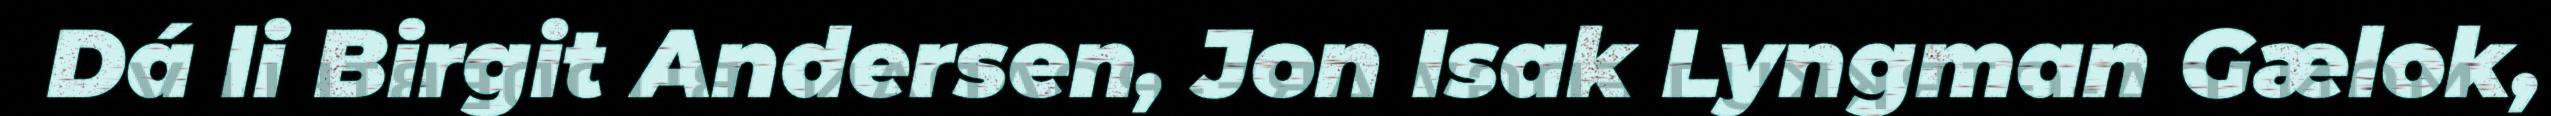
Dá li Birgit Andersen, Jon Isak Lyngman Gælok,